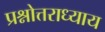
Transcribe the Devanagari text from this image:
प्रश्नोत्तराध्याय